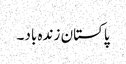
پاکستان زندہ باد۔